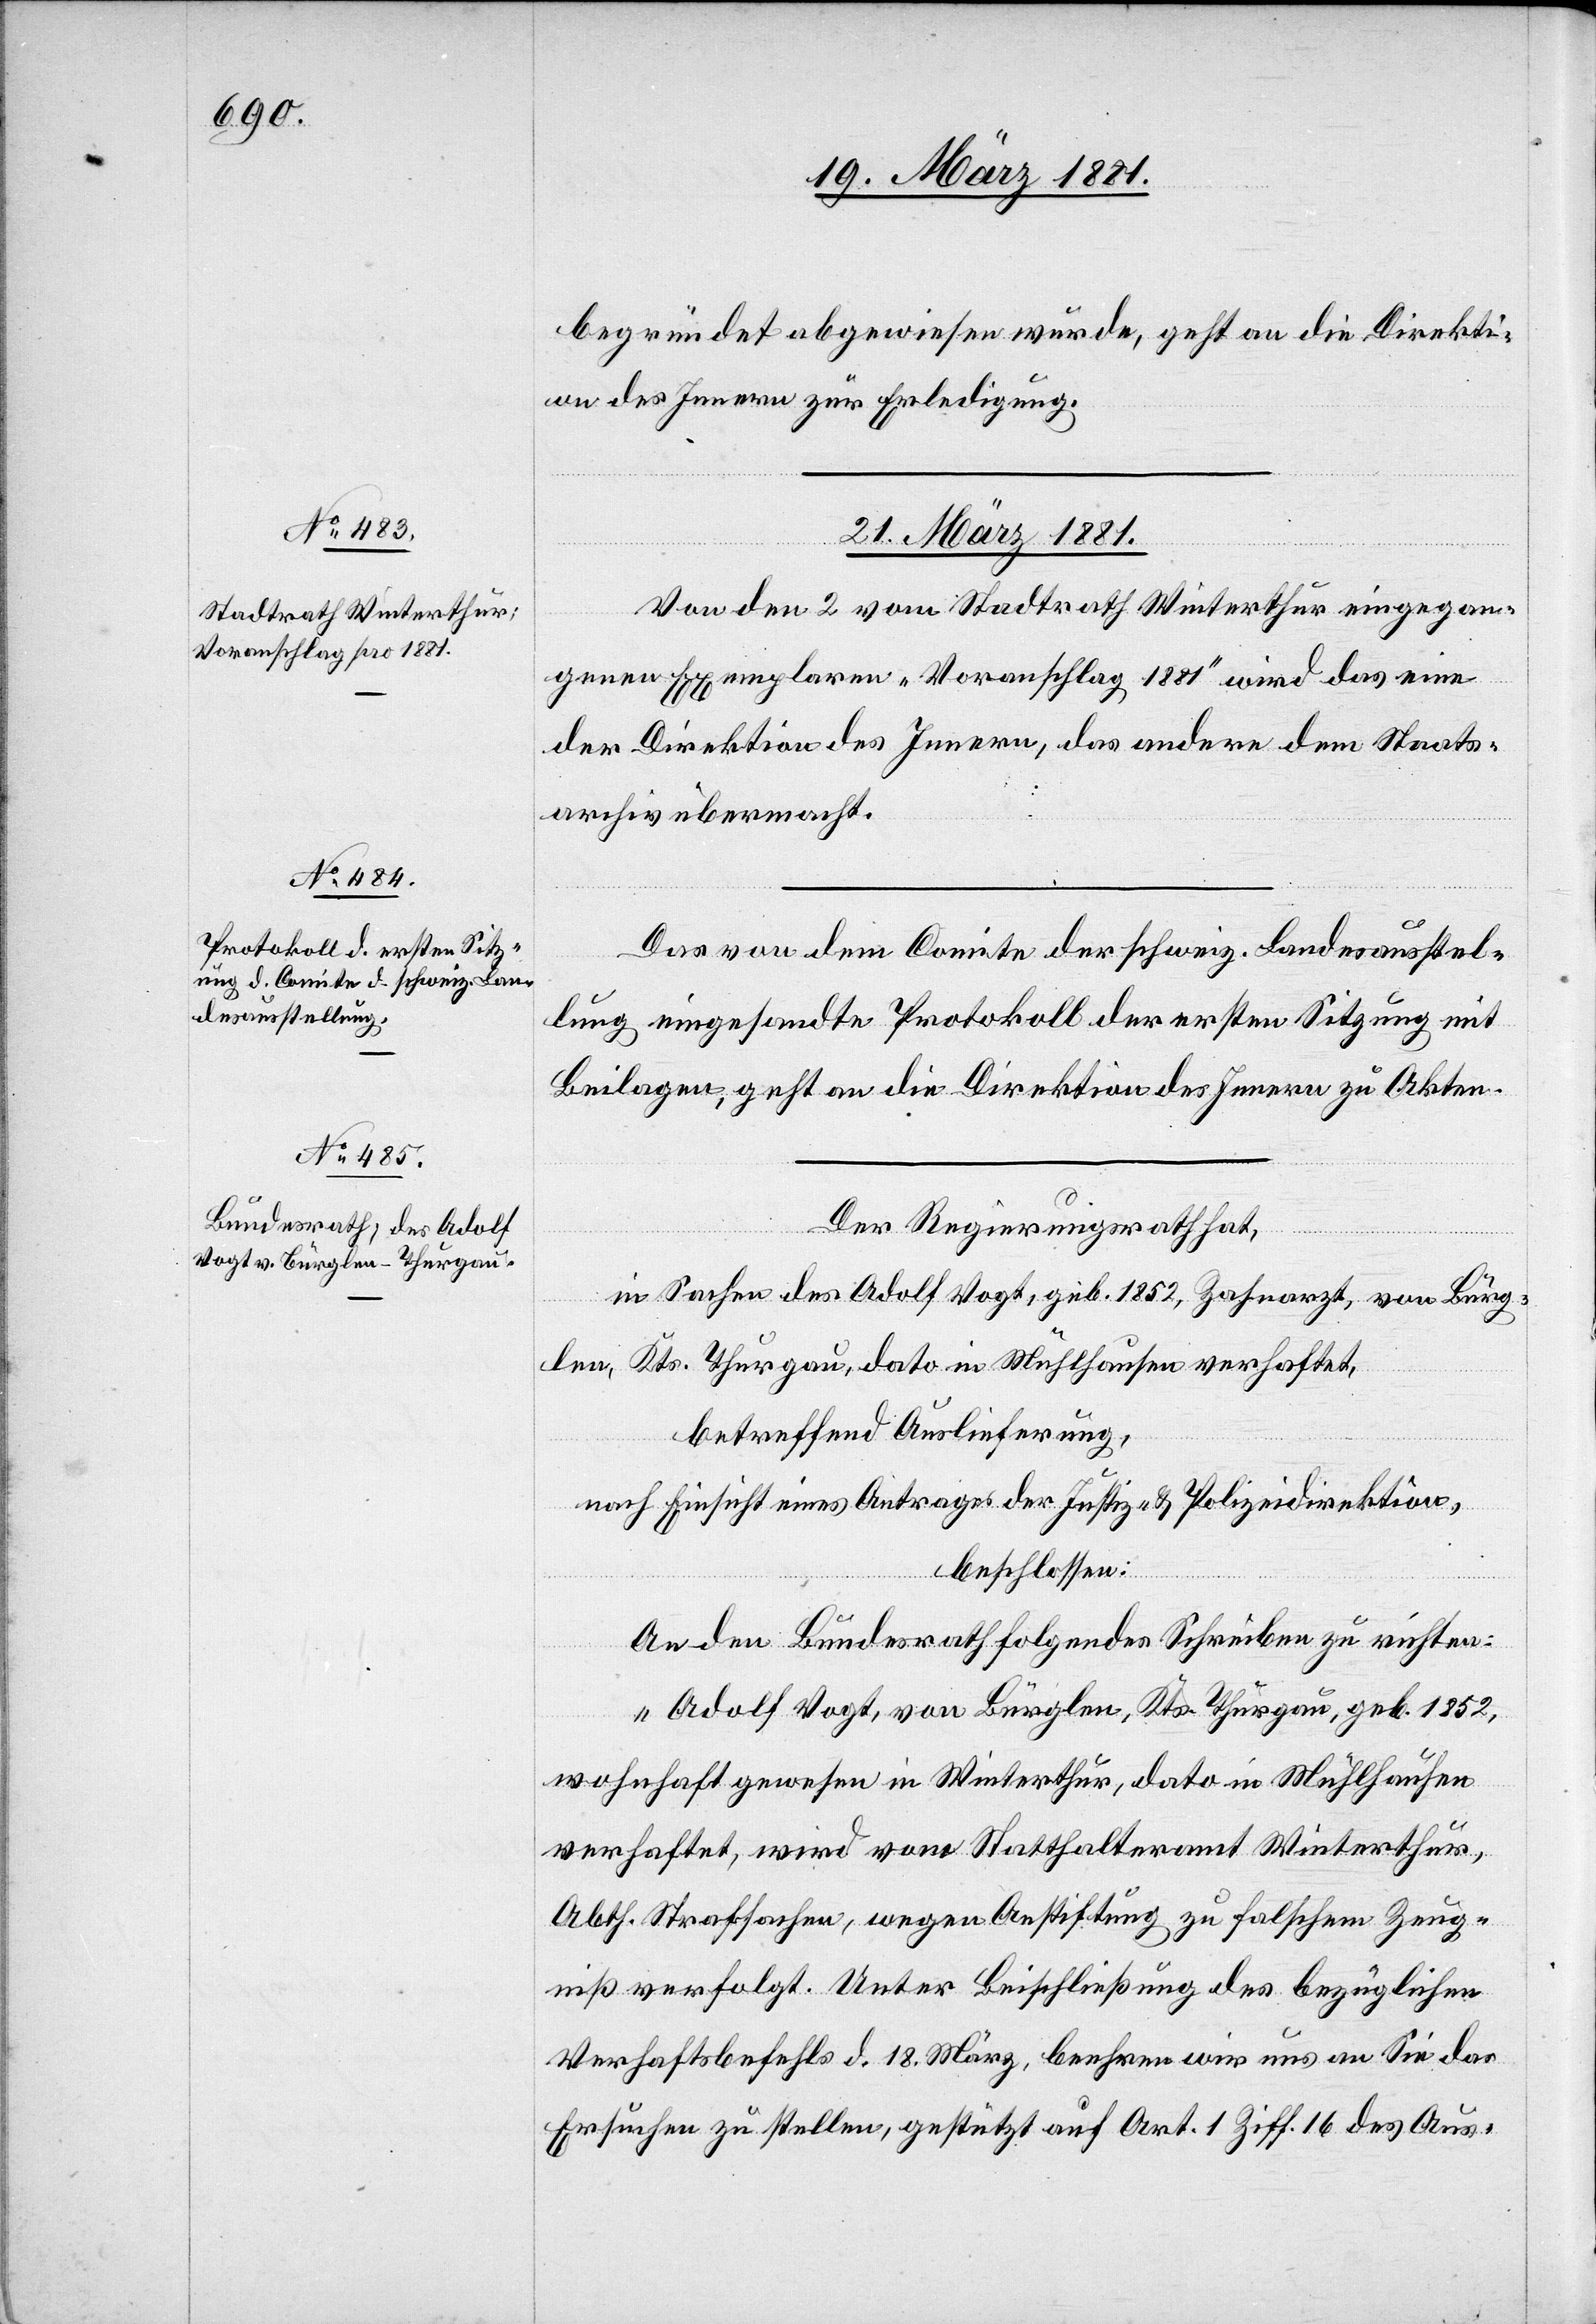
begründet abgewiesen wurde, geht an die Direkti¬
on des Innern zur Erledigung.
21. März 1881.]
Von den 2 vom Stadtrath Winterthur eingegan¬
genen Exemplaren „Voranschlag 1881“ wird das eine
der Direktion des Innern, das andere dem Staats¬
archiv übermacht.
Das von dem Comite der schweiz. Landesausstel¬
lung eingesandte Protokoll der ersten Sitzung mit
Beilagen, geht an die Direktion des Innern zu Akten.
Der Regierungsrath hat,
in Sachen des Adolf Vogt, geb. 1852, Zahnarzt, von Bürg¬
len, Kts. Thurgau, dato in Mühlhausen verhaftet,
betreffend Auslieferung,
nach Einsicht eines Antrages der Justiz- & Polizeidirektion,
beschlossen:
An den Bundesrath folgendes Schreiben zu richten:
„Adolf Vogt, von Bürglen, Kts. Thurgau, geb. 1852,
wohnhaft gewesen in Winterthur, dato in Mühlhausen
verhaftet, wird vom Statthalteramt Winterthur,
Abth. Strafsachen, wegen Anstiftung zu falschem Zeug¬
niß verfolgt. Unter Beischließung des bezüglichen
Verhaftsbefehls d. 18. März, beehren wir uns an Sie das
Ersuchen zu stellen, gestützt auf Art. 1 Ziff. 16 des Aus-